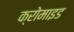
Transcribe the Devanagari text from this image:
क्रोमाइड